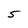
Character: 5